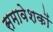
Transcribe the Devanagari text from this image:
समावेशकों